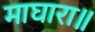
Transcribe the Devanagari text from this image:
माघारा॥